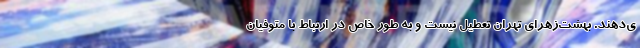
ی‌دهند. بهشت‌زهرای تهران تعطیل نیست و به طور خاص در ارتباط با متوفیان